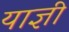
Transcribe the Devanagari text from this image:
याज्ञी